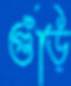
গুঁড়ি